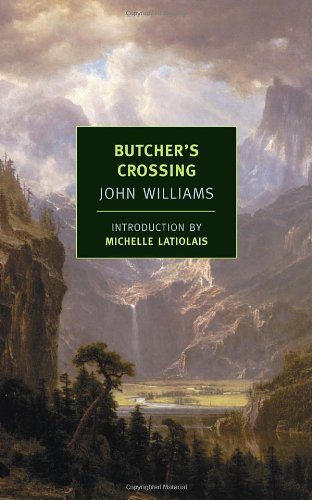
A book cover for Butcher's Crossing (New York Review Books Classics); John Williams; Literature & Fiction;